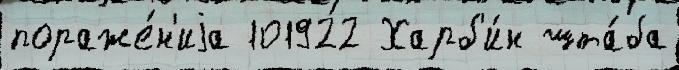
пораже́н'иjа 101922 Харб'и́н шта́ба